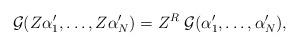
\begin{align*}{\cal{G}}(Z\alpha'_1, \ldots, Z\alpha'_N)= Z^R \; {\cal{G}}(\alpha'_1, \ldots, \alpha'_N) ,\end{align*}